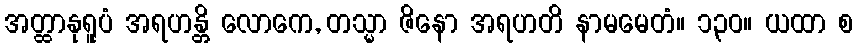
အတ္ထာနုရူပံ အရဟန္တိ လောကေ, တသ္မာ ဇိနော အရဟတိ နာမမေတံ။ ၁၃၀။ ယထာ စ